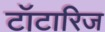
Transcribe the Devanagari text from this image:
टॉटारिज